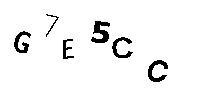
G7E5CC